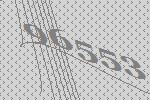
96553